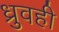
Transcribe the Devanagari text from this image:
ध्रुवही